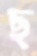
ছ